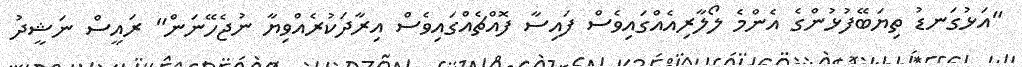
"އަޅުގަނޑު ތިޔަބޭފުޅުންގެ އެންމެ ލޯލާރިއެއްގައިވެސް ފައިސާ ފޮއްޗެއްގައިވެސް އިރާދަކުރެއްވިޔާ ނުޖެހޭނަން" ރައީސް ނަޝީދު